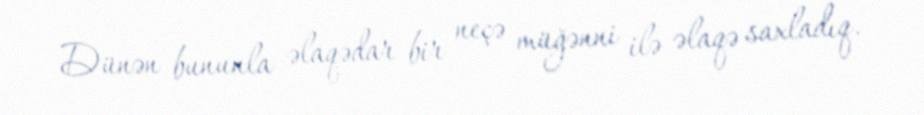
Dünən bununla əlaqədar bir neçə müğənni ilə əlaqə saxladıq.